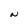
Character: N